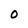
Character: O